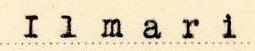
Ilmari